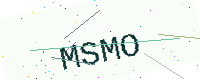
Text: MSMO